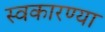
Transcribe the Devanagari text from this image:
स्वकारण्या